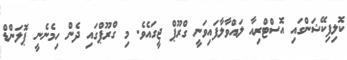
ކޮލިފިކޭޝަންގައި އޮސްޓްރިއާ ލައްވާލާފައިވަނީ ގްރޫޕް ޖީގައެވެ. މި ގްރޫޕްގައި ދެން ހިމެނެނީ ޕޮލަންޑް